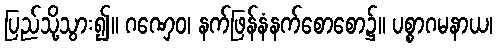
ပြည်သို့သွား၍။ ဂဏှေဝ၊ နက်ဖြန်နံနက်စောစော၌။ ပစ္စာဂမနာယ၊